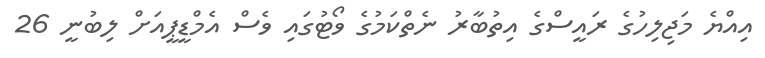
އިއްޔެ މަޖިލިހުގެ ރައީސްގެ އިތުބާރު ނެތްކަމުގެ ވޯޓުގައި ވެސް އެމްޑީޕީއަށް ލިބުނީ 26